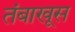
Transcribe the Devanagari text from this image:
तंबाखूस